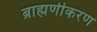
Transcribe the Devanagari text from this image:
ब्राह्मणीकरण